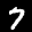
Label: 7